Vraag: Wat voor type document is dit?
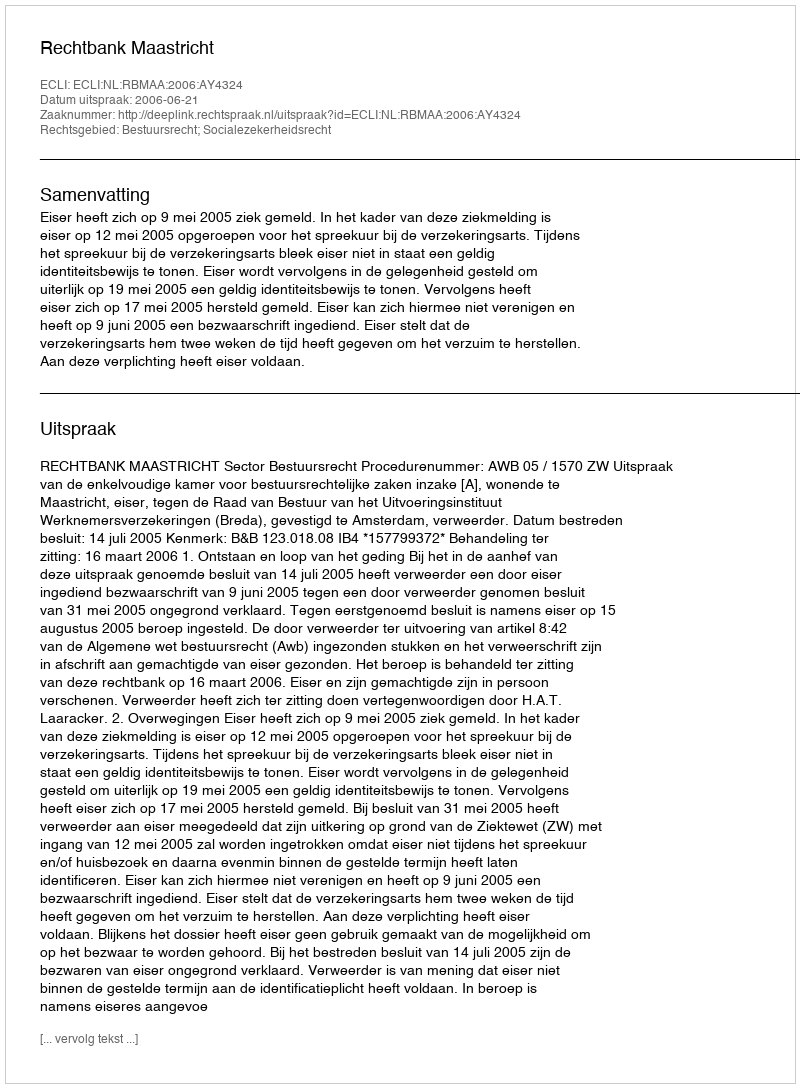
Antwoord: Uitspraak